Mental hospitals Bombay report 1929-33 - 1929-1933
Year: 1929
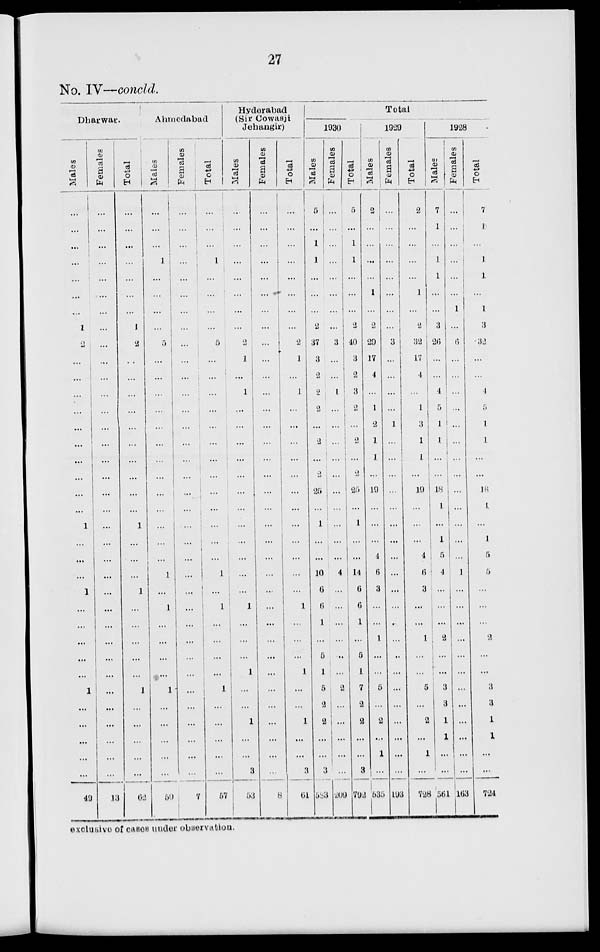
27
No. IV—concld.
Dharwar.
Males
...
...
...
...
...
...
...
1
2
...
...
...
...
...
...
...
...
...
...
1 ...
...
...
1
...
...
...
...
...
1
...
...
...
...
...
49
Females
...
...
...
...
...
...
...
...
...
...
...
...
...
...
...
...
...
...
...
...
...
...
...
...
...
...
...
...
...
...
...
...
...
...
13
Total
...
...
...
...
...
...
...
1
2
...
...
...
...
...
...
...
...
...
1
...
...
...
1
...
...
...
...
...
1
...
...
...
...
...
62
Ahmedabad
Males
...
1
...
...
...
...
...
5
...
...
...
...
...
...
...
...
...
...
...
...
...
1
...
1
...
...
...
...
1
...
...
...
...
...
50
Females
...
...
...
...
...
...
...
...
...
...
...
...
...
...
...
...
...
...
...
...
...
...
...
...
...
...
...
...
...
...
...
...
...
...
...
7
Total
...
...
1
...
...
...
...
...
5
...
...
...
...
...
...
...
...
...
...
...
...
...
1
...
1
...
...
...
...
1
...
...
...
...
...
57
Hyderabad
(Sir Cowasji
Jehangir)
Males
...
...
...
...
...
...
...
1
2
1
...
1
...
...
...
...
...
...
...
...
...
...
...
...
1
...
...
...
...
...
...
1
...
...
8
53
Females
...
...
...
...
...
...
...
...
...
...
...
...
...
...
...
...
...
...
...
...
...
...
...
...
...
...
...
...
...
...
...
...
...
...
...
8
Total
...
...
...
...
...
...
...
...
2
1
...
1
...
...
...
...
...
...
...
...
...
...
...
...
1
...
...
...
1
...
...
1
...
...
3
61
Total
1930
Males
5
...
1
1
...
...
...
2
37
3
2
2
2
...
2
...
2
25
...
1
...
...
10
6
6
1
...
5
1
5
2
2
...
...
3
583
Females
...
...
...
...
...
...
...
...
3
...
...
1
...
...
...
...
...
...
...
...
...
...
4
...
...
...
...
...
...
2
...
...
...
...
...
209
Total
5
...
1
...
...
...
2
40
3
2
3
2
...
2
...
2
25
...
1
...
...
14
6
6
1
...
5
1
7
2
2
...
...
3
792
1929
Males
2
...
...
...
...
1
...
2
29
17
4
...
1
2
1
1
...
19
...
...
...
4
6
3
...
...
1
...
...
5
...
2
...
1
...
535
Females
...
...
...
...
...
...
...
...
3
...
...
...
...
1
...
...
...
...
...
...
...
...
...
...
...
.
...
..
...
...
...
...
...
...
...
193
Total
2
...
...
...
...
1
...
2
32
17
4
...
...
3
1
1
...
19
...
...
...
4
6
3
...
...
1
...
...
5
...
2
...
1
...
728
1928
Males
7
1
...
1
1
...
...
3
26
...
...
4
5
1
1
...
...
18
1
...
1
5
4
...
...
...
2
...
...
3
3
1
1
...
...
561
Females
...
...
...
...
...
...
1
...
6
...
...
...
...
...
...
...
...
...
...
...
...
...
1
...
...
...
...
...
...
...
...
...
...
...
...
163
Total
7
1
...
1
1
...
1
3
32
...
...
4
5
1
1
...
...
18
1
...
1
5
5
...
...
...
2
...
...
3
3
1
1
...
...
724
exclusive of cases under observation.